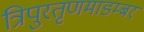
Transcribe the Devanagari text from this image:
त्रिपुरतृणमाडम्बर